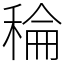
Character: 稐